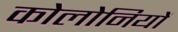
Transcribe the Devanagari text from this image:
कोलोनियों